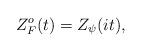
LaTeX: \begin{align*}Z^o_F(t) = Z_\psi(it),\end{align*}